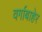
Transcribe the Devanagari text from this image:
वर्गाबाहेर